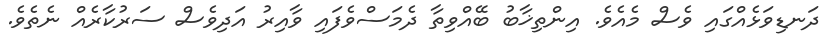
ދަނޑިވަޅެއްގައި ވެސް މެއެވެ. އިންތިޚާބު ބޭއްވިތާ ދެމަސްވެފައި ވާއިރު އަދިވެސް ސަރުކާރެއް ނެތެވެ.